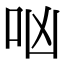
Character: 㕳